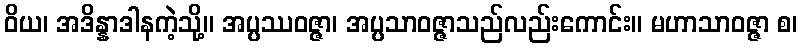
ဝိယ၊ အဒိန္နာဒါနကဲ့သို့။ အပ္ပဿဝဇ္ဇာ၊ အပ္ပသာဝဇ္ဇာသည်လည်းကောင်း။ မဟာသာဝဇ္ဇာ စ၊